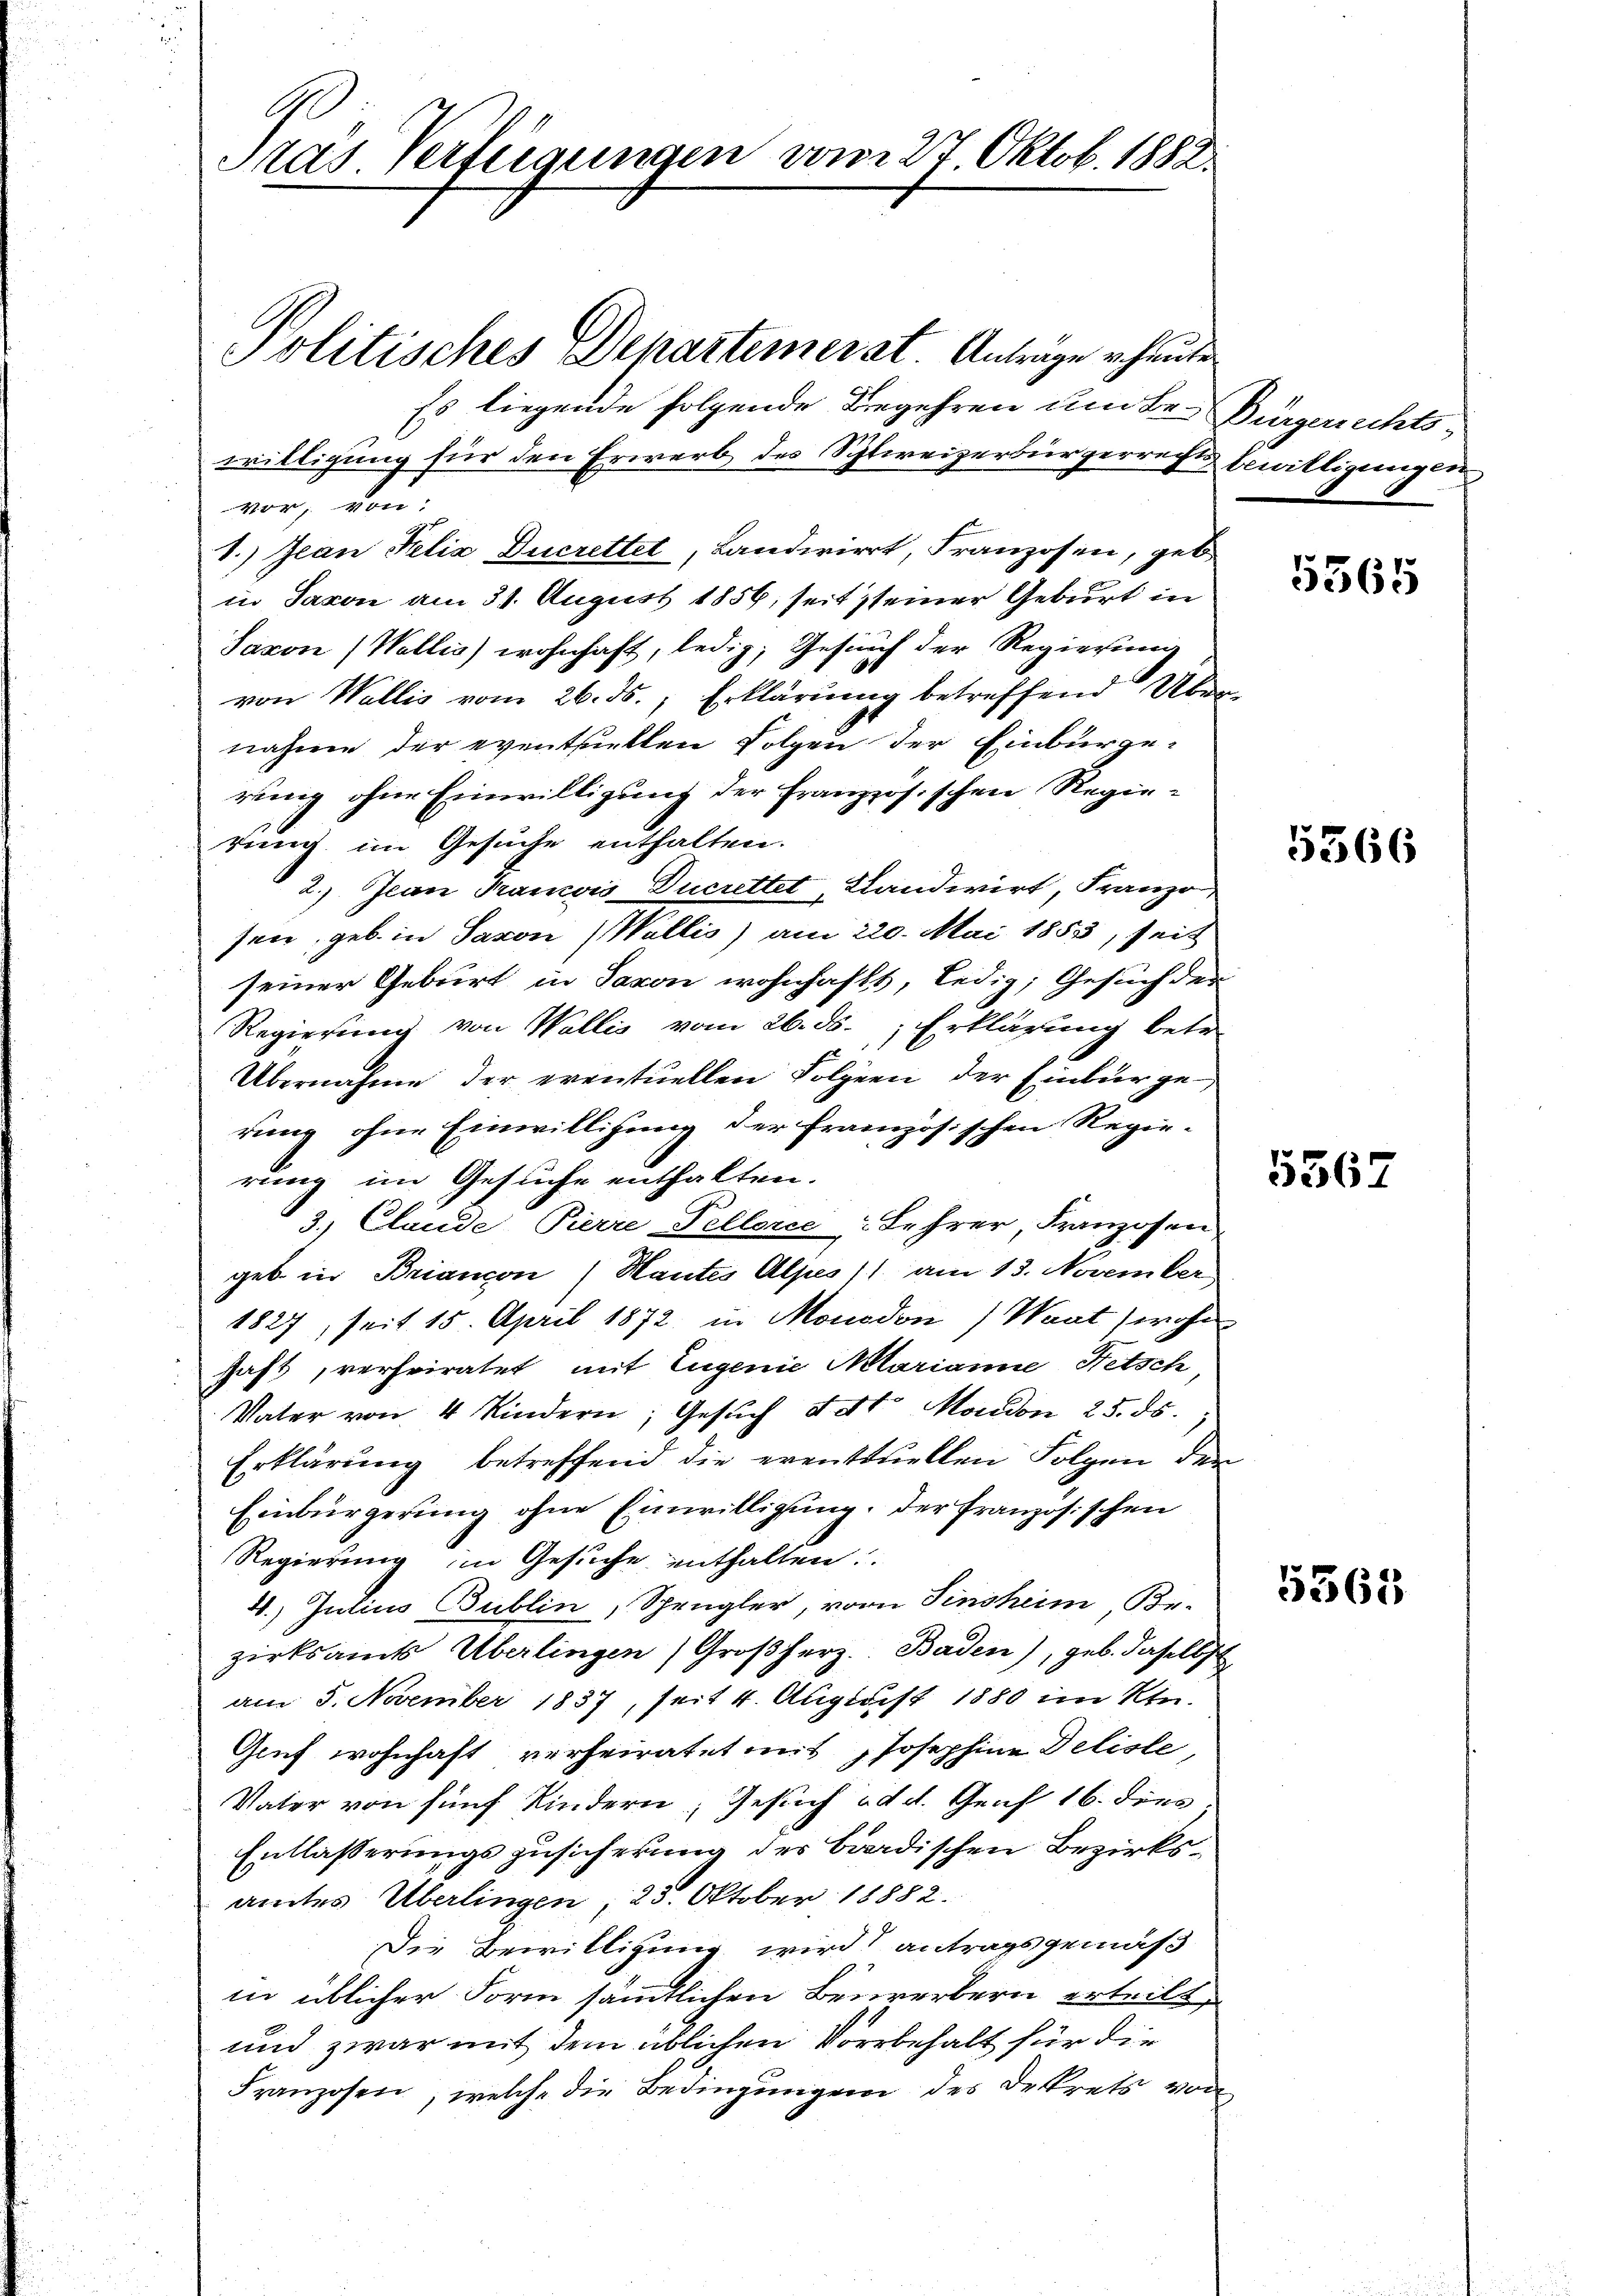
9
Tras Verfügungen vom 27 Oktob. 1882.

Politisches Departemenst. Antrage heute
Es liegende folgende Begehren und der Bürgerrechtswilligung für den Erwerb des Schweizerbürgerrechts bewilligungen
vor; von
1.) Jean Felix Ducrettet, Landwirt, Franzosen, geb.
in Saxon am 31. August 1856, seit seiner Geburt in
Saxon (Wallis) wohnhaft, ledig, Gesuch der Regierung
von Wallis vom 26. ds., Erklärung betreffend Über
nahme der eventuellen Folgen der Einburgerung ohne Einwilligung der französischen Regierung im Gesuche enthalten.
2.) Jean Parois Ducrettet, Landwirt, Franzo
sen, geb. in Saxon Wallis) am 220. Mai 1853, seit
seiner Geburt in Saxon wohnhaft, ledig, Gesuch der
Regierung von Wallis vom 26. ds. Erklärung betr.
Übernahme der eventuellen Folgern der Einbürge
rung ohne Einwilligung der Französischen Regie-
rung im Gesuche enthalten.
3.) Claude Pierre-Fellence Lehrer, Franzosen
geb. in Briancon (Hautes Alpes) am 13. November
1827, seit 15. April 1872 in Monodon) Waat wohn
haft, verheiratet mit Eugenie Marianne, Fetsch
Vater von 4 Kindern, Gesŭch 4 dto Moudon 25. ds.
Erklärung betreffend die eventuellen Folgen der
Einbürgerung ohne Einwilligung, der französischen
Regierung im Gesuche enthalten
4. Julius Bublin, Spengler, vom Sinsheim, Be-
zirksamts Überlingen) Großherz. Baden), geb. daselbst
am 5. November 1837, seit 4. August 1880 im Kin-
Gruf wohnhaft verheiratet mit Josephine Deliste,
Vater von fünf Kindern; Gesuch ad d. Genf 16. dies
Entlasserungszusicherung des Bardischen Bezirksamtes Überlingen, 25. Oktober 18882.
Die Bewilligung wird antragsgemäß
in üblicher Form sämmtlichen Beurerbern erteilt,
und zwar mit dem üblichen Vorbehalt für die
Franzosen, welche die Bedingungen des Dekrets von

5565

5366

5367

5365